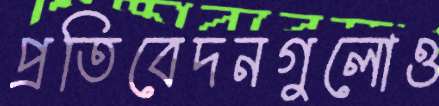
প্রতিবেদনগুলোও